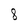
Character: 8